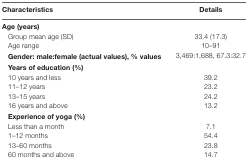
| Characteristics | Details |
 | --- | --- |
 | Age (years) |  |
 | Group mean age (SD) | 33.4 (17.3) |
 | Age range | 10–91 |
 | Gender: male:female (actual values), % values | 3,469:1,688, 67.3:32.7 |
 | Years of education (%) |  |
 | 10 years and less | 39.2 |
 | 11–12 years | 23.2 |
 | 13–15 years | 24.2 |
 | 16 years and above | 13.2 |
 | Experience of yoga (%) |  |
 | Less than a month | 7.1 |
 | 1–12 months | 54.4 |
 | 13–60 months | 23.8 |
 | 60 months and above | 14.7 |